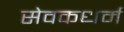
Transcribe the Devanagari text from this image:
सेवकधर्म